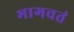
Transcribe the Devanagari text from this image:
भागवतं